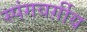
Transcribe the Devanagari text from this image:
स्पंगवर्ग़ीय